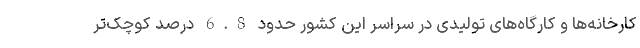
کارخانه‌ها و کارگاه‌های تولیدی در سراسر این کشور حدود 6.8 درصد کوچک‌تر